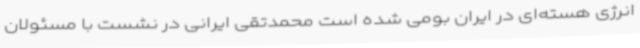
انرژی هسته‌ای در ایران بومی شده است محمدتقی ایرانی در نشست با مسئولان